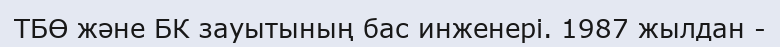
ТБӨ және БК зауытының бас инженері. 1987 жылдан -